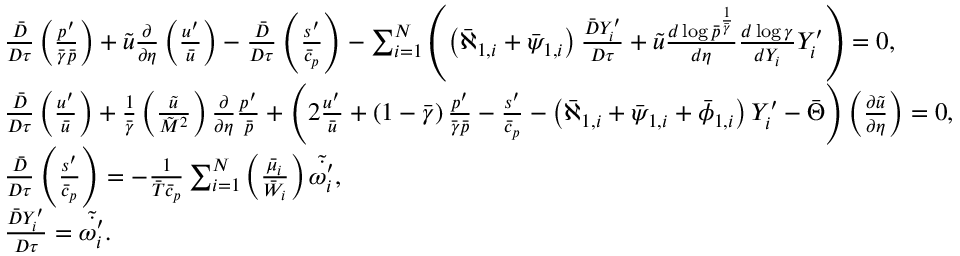
\begin{array} { r l } & { \frac { \bar { D } } { D \tau } \left( \frac { p ^ { \prime } } { \bar { \gamma } \bar { p } } \right) + \Tilde { u } \frac { \partial } { \partial \eta } \left( \frac { u ^ { \prime } } { \bar { u } } \right) - \frac { \bar { D } } { D \tau } \left( \frac { s ^ { \prime } } { \bar { c } _ { p } } \right) - \sum _ { i = 1 } ^ { N } \left( \left( \bar { \aleph } _ { 1 , i } + \bar { \psi } _ { 1 , i } \right) \frac { \bar { D } Y _ { i } ^ { \prime } } { D \tau } + \tilde { u } \frac { d \log \bar { p } ^ { \frac { 1 } { \bar { \gamma } } } } { d \eta } \frac { d \log \gamma } { d Y _ { i } } Y _ { i } ^ { \prime } \right) = 0 , } \\ & { \frac { \bar { D } } { D \tau } \left( \frac { u ^ { \prime } } { \bar { u } } \right) + \frac { 1 } { \bar { \gamma } } \left( \frac { \Tilde { u } } { \Tilde { M } ^ { 2 } } \right) \frac { \partial } { \partial \eta } \frac { p ^ { \prime } } { \bar { p } } + \Bigg ( 2 \frac { u ^ { \prime } } { \bar { u } } + \left( 1 - \bar { \gamma } \right) \frac { p ^ { \prime } } { \bar { \gamma } \bar { p } } - \frac { s ^ { \prime } } { \bar { c } _ { p } } - \left( \bar { \aleph } _ { 1 , i } + \bar { \psi } _ { 1 , i } + \bar { \phi } _ { 1 , i } \right) Y _ { i } ^ { \prime } - \bar { \Theta } \Bigg ) \left( \frac { \partial \Tilde { u } } { \partial \eta } \right) = 0 , } \\ & { \frac { \bar { D } } { D \tau } \left( \frac { s ^ { \prime } } { \bar { c } _ { p } } \right) = - \frac { 1 } { \bar { T } \bar { c } _ { p } } \sum _ { i = 1 } ^ { N } \left( \frac { \bar { \mu } _ { i } } { \bar { W } _ { i } } \right) \tilde { \dot { \omega _ { i } ^ { \prime } } } , } \\ & { \frac { \bar { D } Y _ { i } ^ { \prime } } { D \tau } = \tilde { \dot { \omega _ { i } ^ { \prime } } } . } \end{array}